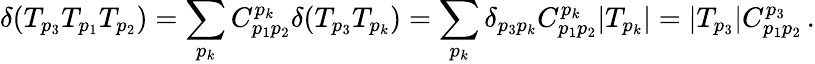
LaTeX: \delta(T_{p_{3}}T_{p_{1}}T_{p_{2}})=\sum_{p_{k}}C_{p_{1}p_{2}}^{p_{k}}\delta(T_{p_{3}}T_{p_{k}})=\sum_{p_{k}}\delta_{p_{3}p_{k}}C_{p_{1}p_{2}}^{p_{k}}|T_{p_{k}}|=|T_{p_{3}}|C_{p_{1}p_{2}}^{p_{3}}\, .